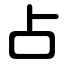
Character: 占